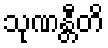
သုဏန္တီတိ